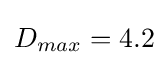
D_{max}=4.2